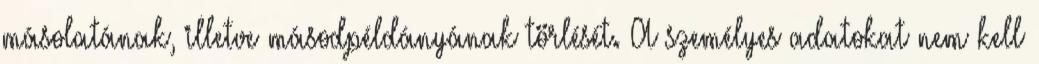
másolatának, illetve másodpéldányának törlését. A személyes adatokat nem kell